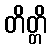
တိတ္တိ